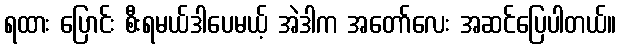
ရထား ပြောင်း စီးရမယ်ဒါပေမယ့် အဲဒါက အတော်လေး အဆင်ပြေပါတယ်။